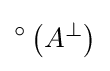
{}^{\circ }\left(A^{\perp }\right)